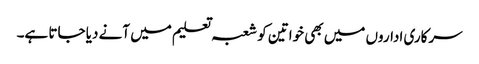
سرکاری اداروں میں بھی خواتین کو شعبہ تعلیم میں آنے دیا جاتا ہے۔